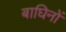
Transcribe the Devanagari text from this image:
बाघिनों